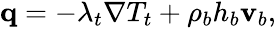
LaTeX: \begin{array}{r}{\mathbf q=-\lambda_{t}\nabla T_{t}+\rho_{b}h_{b}\mathbf v_{b},}\end{array}